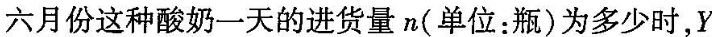
六月份这种酸奶一天的进货量n(单位：瓶)为多少时，Y